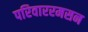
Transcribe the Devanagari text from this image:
परिवाररमसन